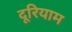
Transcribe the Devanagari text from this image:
दूरियाम